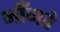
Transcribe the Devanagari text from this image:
भाँजते